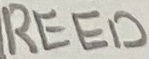
Text: REED